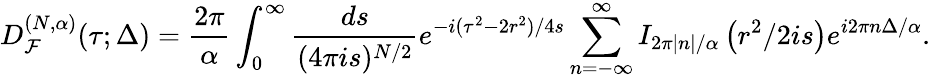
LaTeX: D_{{\cal F}}^{(N,\alpha)}(\tau;\Delta)=\frac{2\pi}{\alpha}\int_{0}^{\infty}\frac{ds}{(4\pi is)^{N/2}}e^{-i(\tau^{2}-2r^{2})/4s}\sum_{n=-\infty}^{\infty}I_{2\pi|n|/\alpha}\left(r^{2}/2is\right)e^{i2\pi n\Delta/\alpha}.